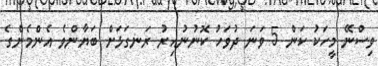
ވިސްނޭ މީހަކު ކަން 5 ވަނަ ދުވަހު ކޮނުނުއިރު ރަނގަޅަށް ބަޔާންވެ އެންމެންގެ